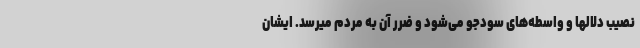
نصیب دلالها و واسطه‌های سودجو می‌شود و ضرر آن به مردم میرسد. ایشان